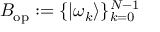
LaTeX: B _ { \mathrm { o p } } : = \{ | \omega _ { k } \rangle \} _ { k = 0 } ^ { N - 1 }